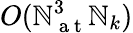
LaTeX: O(\mathbb{N}_{\mathrm{{~a~t~}}}^{3}\mathbb{N}_{k})